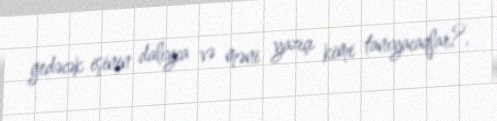
gedəcək işinin dalıyca və məni yazıçı kimi tanıyacaqlar?.